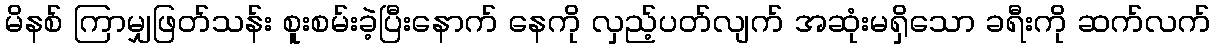
မိနစ် ကြာမျှဖြတ်သန်း စူးစမ်းခဲ့ပြီးနောက် နေကို လှည့်ပတ်လျက် အဆုံးမရှိသော ခရီးကို ဆက်လက်